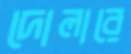
দোলারে